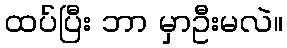
ထပ်ပြီး ဘာ မှာဦးမလဲ။